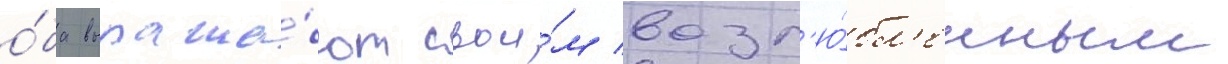
о́ба выража́ют свои́м возл'ю́бл'енным